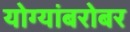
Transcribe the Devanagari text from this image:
योग्यांबरोबर